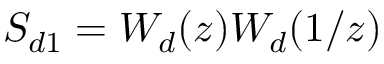
S _ { d 1 } = W _ { d } ( z ) W _ { d } ( 1 / z )